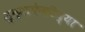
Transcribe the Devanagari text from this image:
मुक्तफेकीच्या